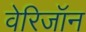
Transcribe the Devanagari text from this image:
वेरिजॉन